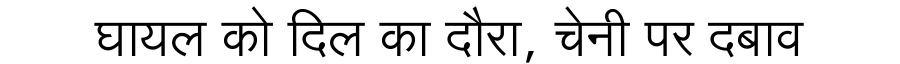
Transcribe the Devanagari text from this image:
घायल को दिल का दौरा, चेनी पर दबाव